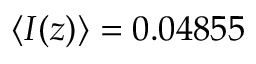
\langle I ( z ) \rangle = 0 . 0 4 8 5 5